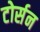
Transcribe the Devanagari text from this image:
टोर्सन